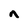
Character: n